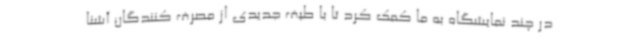
در چند نمایشگاه به ما کمک کرد تا با طیف جدیدی از مصرف کنندگان آشنا